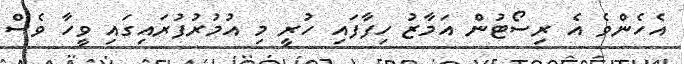
އެހެންވެ އެ ރިސޯޓުން އަމާޒު ހިފާފައި ހުރީ މި އުމުރުފުރައިގައި ވީހާ ވެސް